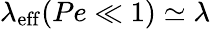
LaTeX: \lambda_{\mathrm{eff}}(Pe\ll 1)\simeq\lambda